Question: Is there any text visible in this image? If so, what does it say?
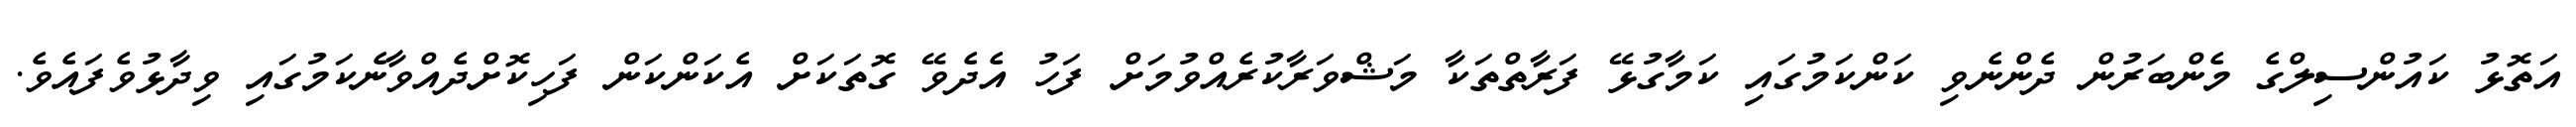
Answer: އަތޮޅު ކައުންސިލްގެ މެންބަރުން ދެންނެވި ކަންކަމުގައި ކަމާގުޅޭ ފަރާތްތަކާ މަޝްވަރާކުރެއްވުމަށް ފަހު އެދެވޭ ގޮތަކަށް އެކަންކަން ފަހިކޮށްދެއްވާނެކަމުގައި ވިދާޅުވެފައެވެ.